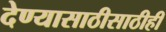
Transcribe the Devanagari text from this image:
देण्यासाठीसाठीही